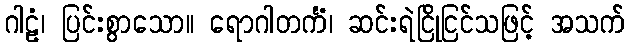
ဂါဠံ၊ ပြင်းစွာသော။ ရောဂါတင်္ကံ၊ ဆင်းရဲငြိုငြင်သဖြင့် အသက်